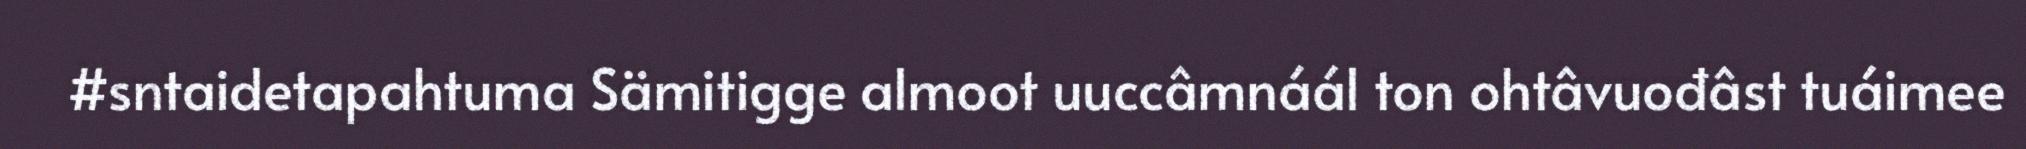
#sntaidetapahtuma Sämitigge almoot uuccâmnáál ton ohtâvuođâst tuáimee